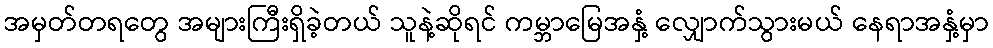
အမှတ်တရတွေ အများကြီးရှိခဲ့တယ် သူနဲ့ဆိုရင် ကမ္ဘာမြေအနှံ့ လျှောက်သွားမယ် နေရာအနှံ့မှာ